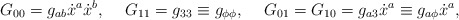
\begin{align*}G_{00}=g_{ab}\dot{x}^a\dot{x}^b,\hspace*{5 mm}G_{11}=g_{33}\equiv g_{\phi\phi},\hspace*{5 mm}G_{01}=G_{10}=g_{a3}\dot{x}^a\equiv g_{a\phi}\dot{x}^a,\end{align*}